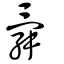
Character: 舜